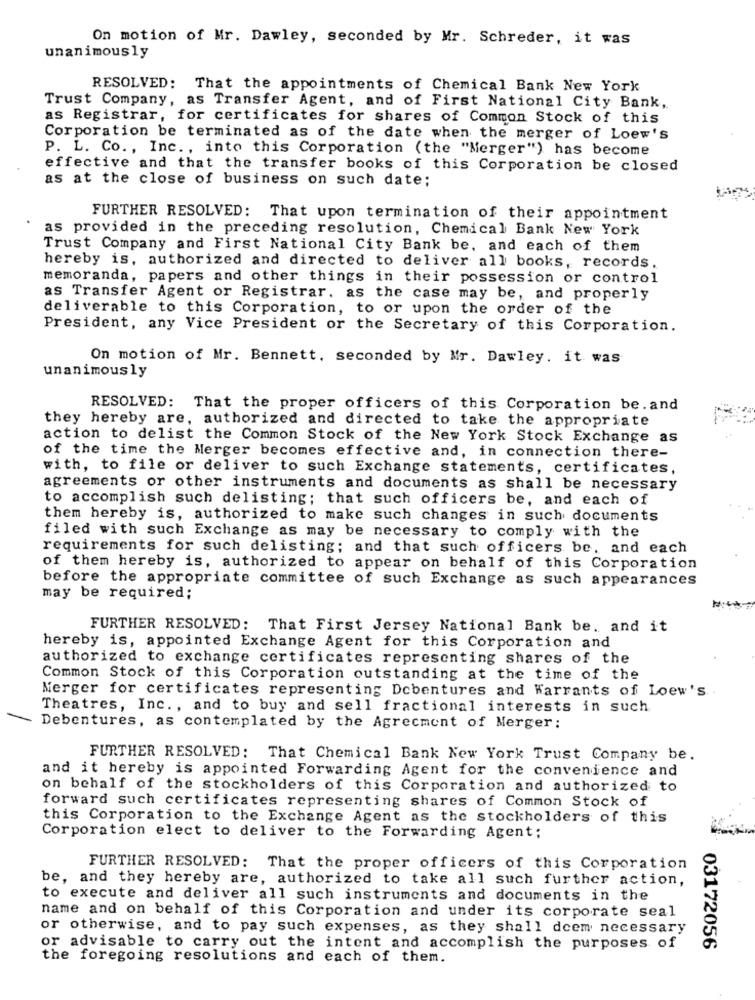
On motion of Mr. Dawley, seconded by Mr. Schreder, it was
unanimously
RESOLVED: That the appointments of Chemical Bank New York
Trust Company, as Transfer Agent, and of First National City Bank,
as Registrar, for certificates for shares of Common Stock of this
Corporation be terminated as of the date when the merger of Loew's
P. L. Co ., Inc ., into this Corporation (the "Merger") has become
effective and that the transfer books of this Corporation be closed
as at the close of business on such date;
FURTHER RESOLVED: That upon termination of their appointment
as provided in the preceding resolution, Chemical Bank New York
Trust Company and First National City Bank be, and each of them
hereby is, authorized and directed to deliver all books, records.
memoranda, papers and other things in their possession or control
as Transfer Agent or Registrar. as the case may be, and properly
deliverable to this Corporation, to or upon the order of the
President, any Vice President or the Secretary of this Corporation.
On motion of Mr. Bennett, seconded by Mr. Dawley. it was
unanimously
RESOLVED: That the proper officers of this Corporation be. and
they hereby are, authorized and directed to take the appropriate
action to delist the Common Stock of the New York Stock Exchange as
of the time the Merger becomes effective and, in connection there-
with, to file or deliver to such Exchange statements, certificates,
agreements or other instruments and documents as shall be necessary
to accomplish such delisting; that such officers be, and each of
them hereby is, authorized to make such changes in such documents
filed with such Exchange as may be necessary to comply with the
requirements for such delisting; and that such officers be, and each
of them hereby is, authorized to appear on behalf of this Corporation
before the appropriate committee of such Exchange as such appearances
may be required;
FURTHER RESOLVED: That First Jersey National Bank be. and it
hereby is, appointed Exchange Agent for this Corporation and
authorized to exchange certificates representing shares of the
Common Stock of this Corporation outstanding at the time of the
Merger for certificates representing Debentures and Warrants of Loew's ..
Theatres, Inc ., and to buy and sell fractional interests in such
Debentures, as contemplated by the Agrecment of Merger:
FURTHER RESOLVED: That Chemical Bank New York Trust Company be.
and it hereby is appointed Forwarding Agent for the convenience and
on behalf of the stockholders of this Corporation and authorized to
forward such certificates representing shares of Common Stock of
this Corporation to the Exchange Agent as the stockholders of this
Corporation elect to deliver to the Forwarding Agent;
FURTHER RESOLVED: That the proper officers of this Corporation
be, and they hereby are, authorized to take all such further action,
to execute and deliver all such instruments and documents in the
name and on behalf of this Corporation and under its corporate seal
or otherwise, and to pay such expenses, as they shall dcem necessary
or advisable to carry out the intent and accomplish the purposes of
03172056
the foregoing resolutions and each of them.